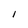
Character: I